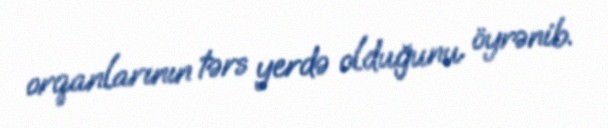
orqanlarının tərs yerdə olduğunu öyrənib.